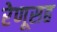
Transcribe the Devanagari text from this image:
रेणूसह